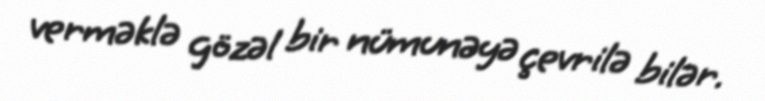
verməklə gözəl bir nümunəyə çevrilə bilər.